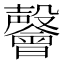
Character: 𭯅